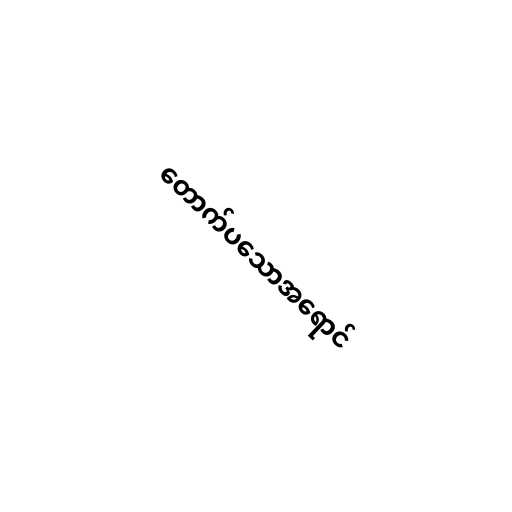
တောက်ပသောအရောင်